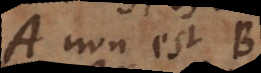
A non est B,